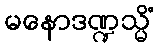
မနောဒဏ္ဍသ္မိံ